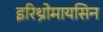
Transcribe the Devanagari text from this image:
इरिथ्रोमायसिन